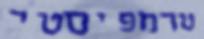
טרמפיסטי